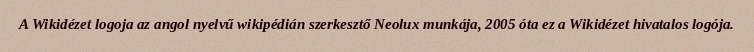
A Wikidézet logoja az angol nyelvű wikipédián szerkesztő Neolux munkája, 2005 óta ez a Wikidézet hivatalos logója.